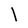
Character: l